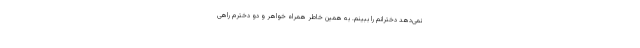
نمی‌دهد دخترانم را ببینم. به همین خاطر همراه خواهر و دو دخترم راهی